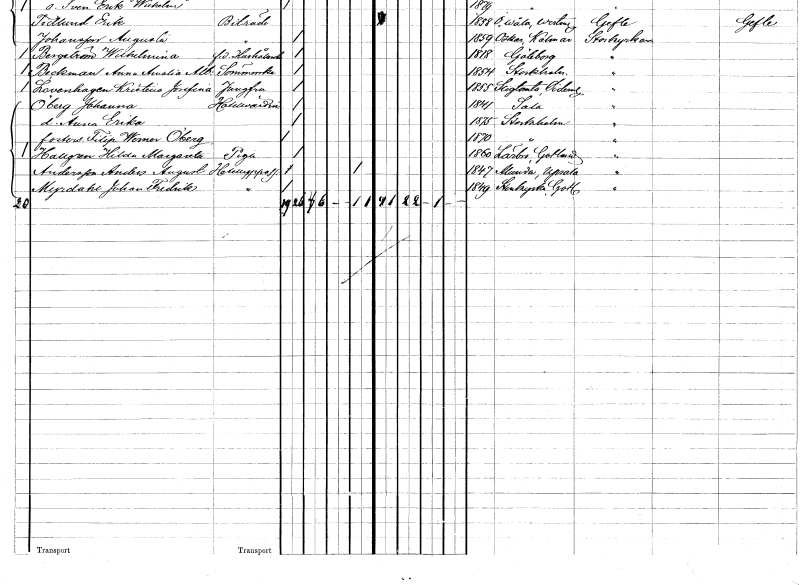
gt_parse: households: individuals: FN: Hilda Margareta
EN: Hallgren
YRKE: Piga
KON: K
CIV: O
FODAR: 1860
FODFORS: Lärbro Gotlands län
FN: Anders August
EN: Andersson
YRKE: Hotelluppassare
KON: M
CIV: X
FODAR: 1847
FODFORS: Alunda Uppsala län
FN: Johan Fredrik
EN: Myrdahl
YRKE: Hotelluppassare
KON: M
CIV: O
FODAR: 1849
FODFORS: Stenkyrka Gotlands län